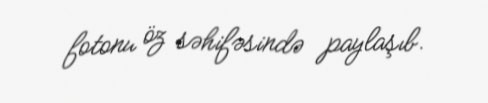
fotonu öz səhifəsində paylaşıb.